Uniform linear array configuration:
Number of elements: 64
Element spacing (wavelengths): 1
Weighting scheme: binomial
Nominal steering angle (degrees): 45
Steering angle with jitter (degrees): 43.279
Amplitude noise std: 0.05
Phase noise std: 0.05

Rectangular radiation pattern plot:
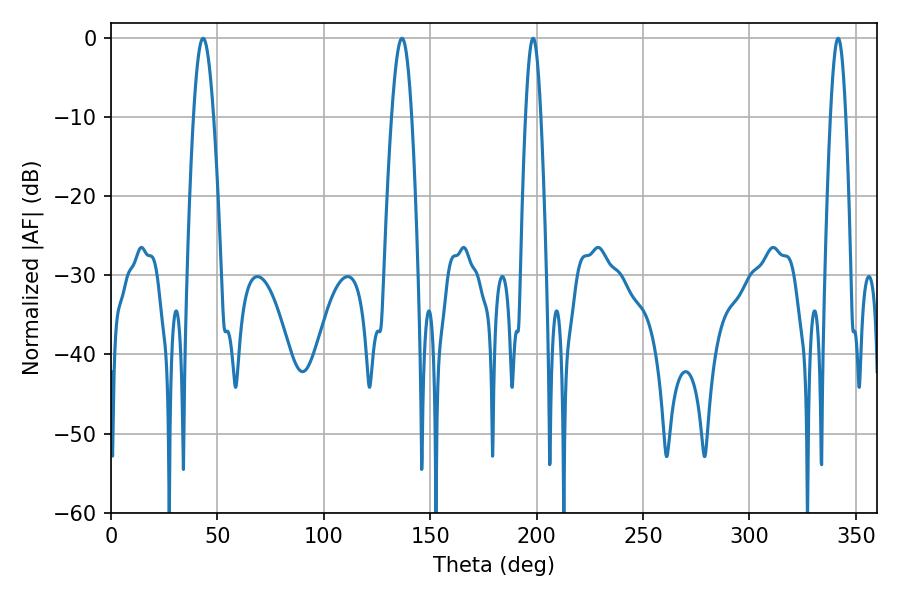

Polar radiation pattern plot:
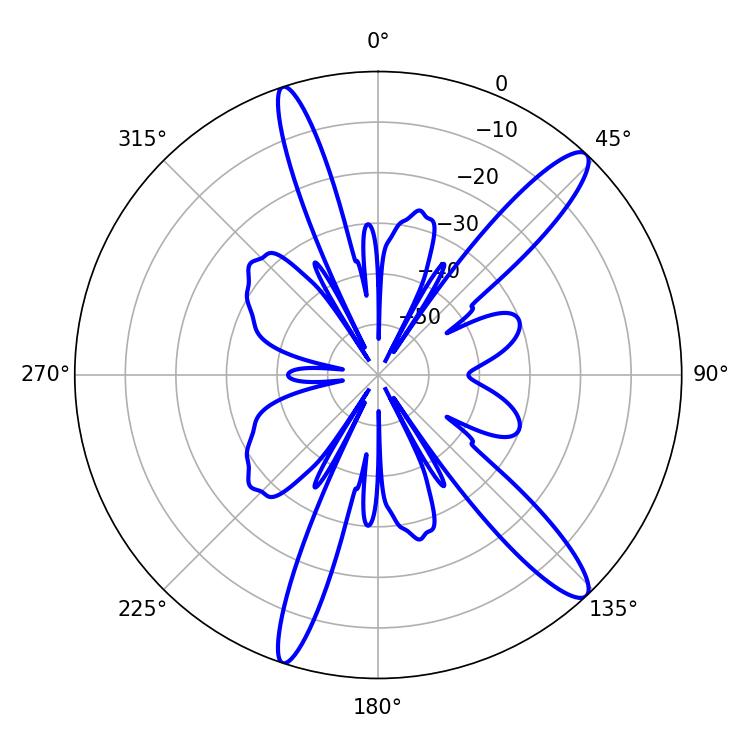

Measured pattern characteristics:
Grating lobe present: TRUE
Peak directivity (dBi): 13.661
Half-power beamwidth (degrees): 3.96
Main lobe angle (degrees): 198.36